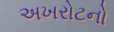
અખરોટનો